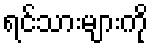
ရင်သားများကို